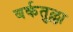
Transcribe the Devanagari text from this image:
बर्कतुल्ला